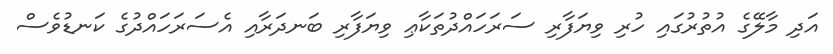
އަދި މާލޭގެ އުތުރުގައި ހުރި ވިޔަފާރި ސަރަހައްދުތަކާޢި ވިޔަފާރި ބަނދަރާއި އެސަރަހައްދުގެ ކަނޑުވެސް